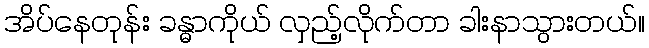
အိပ်နေတုန်း ခန္ဓာကိုယ် လှည့်လိုက်တာ ခါးနာသွားတယ်။